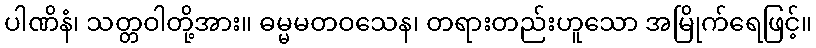
ပါဏိနံ၊ သတ္တဝါတို့အား။ ဓမ္မမတဝသေန၊ တရားတည်းဟူသော အမြိုက်ရေဖြင့်။